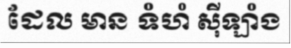
ដែល មាន ទំហំ ស៊ីឡាំង